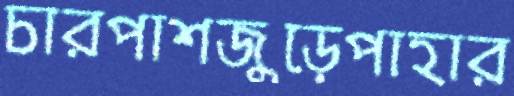
চারপাশজুড়েপাহার